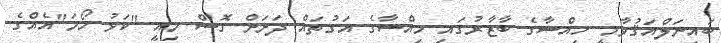
ބައިނަލްއަޤުވާމީ ހިއްސާގެ ބާޒާރުގައި ހިއްސާގެ އަގުތައް ދަށަށް ގޮސް މިއީ "ކަޅު ހޯމަ"އެއްގެ